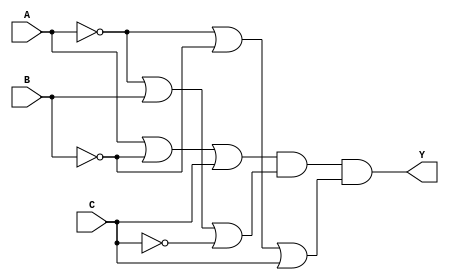
module pos_simplification (
    input wire A,      // Input variable A
    input wire B,      // Input variable B
    input wire C,      // Input variable C
    output wire Y      // Output of the POS expression
);

// Sum terms (OR gates)
wire sum_term1; // Represents (A + B' + C)
wire sum_term2; // Represents (A' + B + C')
wire sum_term3; // Represents (A' + B' + C)

// Complemented inputs
wire not_A = ~A; // NOT A
wire not_B = ~B; // NOT B
wire not_C = ~C; // NOT C

// Define the sum terms using OR gates
assign sum_term1 = A | not_B | C;  // A + B' + C
assign sum_term2 = not_A | B | not_C; // A' + B + C'
assign sum_term3 = not_A | not_B | C; // A' + B' + C

// Final output (AND of sum terms)
assign Y = sum_term1 & sum_term2 & sum_term3; // (A + B' + C) * (A' + B + C') * (A' + B' + C)

endmodule